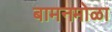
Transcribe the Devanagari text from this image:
बामनमोळा